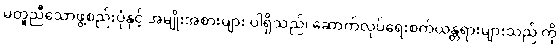
မတူညီသောဖွဲ့စည်းပုံနှင့် အမျိုးအစားများ ပါရှိသည်၊ ဆောက်လုပ်ရေးစက်ယန္တရားများသည် ကို